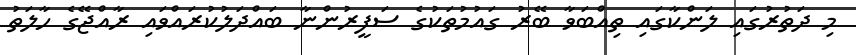
މި ދަތުރުގައި ލަންކާގައި ތިއްބަވާ ބޭރު ގައުމުތަކުގެ ސަފީރުންނާ ބައްދަލުކުރައްވައި ރާއްޖޭގެ ހާލަތު